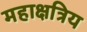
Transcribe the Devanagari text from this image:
महाक्षत्रिय